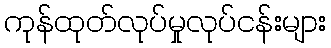
ကုန်ထုတ်လုပ်မှုလုပ်ငန်းများ